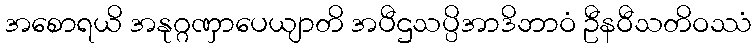
အစောရယိ အနုဂ္ဂဏှာပေယျာတိ အပီဌသပ္ပိအာဒိဘာဝံ ဦနဝီသတိဝဿံ